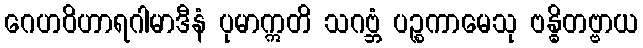
ဂေဟဝိဟာရဂါမာဒီနံ ပုမာဣတိ သဂဗ္ဘံ ပဉ္စကာမေသု ဗန္ဓိတဗ္ဗာယ